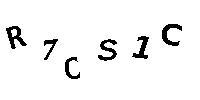
R7CS1C